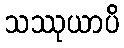
သဿုယာပိ